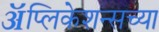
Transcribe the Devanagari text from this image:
ॲप्लिकेशन्सच्या